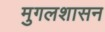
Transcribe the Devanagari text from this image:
मुगलशासन